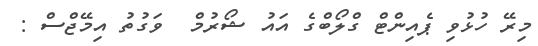
މިރޭ ހުޅުވި ޕެއިންޓް ގްލޯބްގެ އައު ޝޯރުމް  ވަގުތު އިމޭޖްސް :